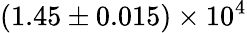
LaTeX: (1.45\pm 0.015)\times 10^{4}